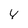
Character: 4